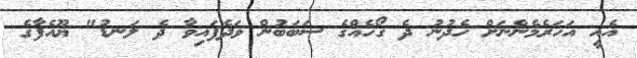
އެއީ އަހަރެމެންނަށް ހެދުނު ދެ ގޯހެއްގެ ސަބަބުން ވަދެފައިވާ ދެ ލަނޑު" ޔޫއެފާގެ